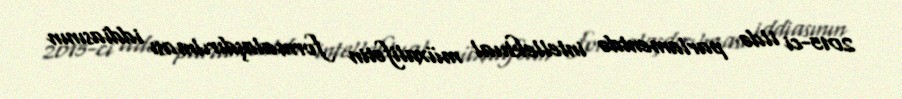
2015-ci ildə parlamentdə intellektual müxalifətin formalaşdırılması iddiasının